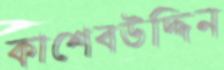
কাশেবউদ্দিন